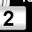
Digit: 2